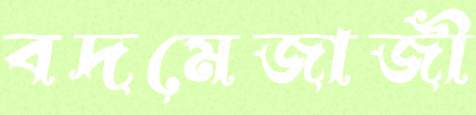
বদমেজাজী